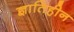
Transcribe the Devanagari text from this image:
ज्ञातिहीन